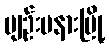
ပျဉ်းမနားမြို့